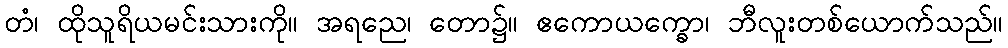
တံ၊ ထိုသူရိယမင်းသားကို။ အရညေ၊ တော၌။ ဧကောယက္ခော၊ ဘီလူးတစ်ယောက်သည်။